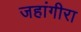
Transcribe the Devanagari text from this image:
जहांगीरा